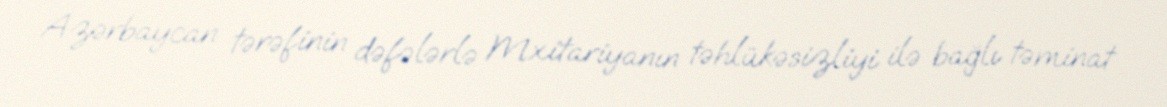
Azərbaycan tərəfinin dəfələrlə Mxitariyanın təhlükəsizliyi ilə bağlı təminat